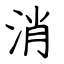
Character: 消